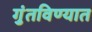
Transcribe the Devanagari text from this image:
गुंतविण्यात